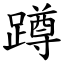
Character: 蹲